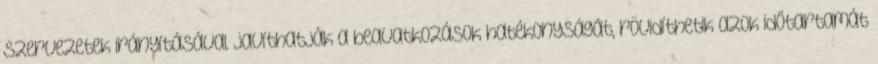
szervezetek irányításával javíthatják a beavatkozások hatékonyságát, rövidíthetik azok időtartamát